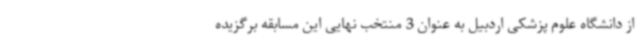
از دانشگاه علوم پزشکی اردبیل به عنوان 3 منتخب نهایی این مسابقه برگزیده